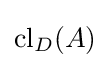
\operatorname {cl} _{D}(A)